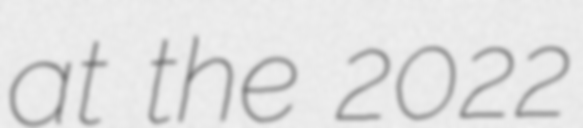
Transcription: at the 2022